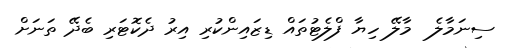
ސިނަމާލެ  މާލޭ ހިޔާ ފްލެޓުތައް ޑިޒައިންކުރި އިރު ދެކޮޓަރި ބެދޭ ތަނަށް